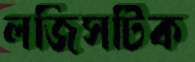
লজিসটিক